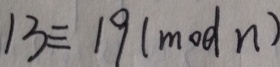
1 3 \equiv 1 9 ( m o d n )